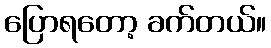
ပြောရတော့ ခက်တယ်။